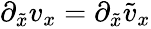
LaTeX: \begin{array}{r}{\partial_{\tilde{x}}v_{x}=\partial_{\tilde{x}}\tilde{v}_{x}}\end{array}